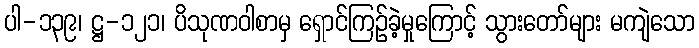
ပါ-၁၃၉၊ ဋ္ဌ-၁၂၁၊ ပိသုဏဝါစာမှ ရှောင်ကြဉ်ခဲ့မှုကြောင့် သွားတော်များ မကျဲသော